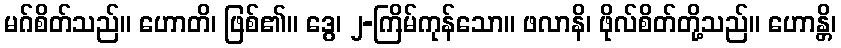
မဂ်စိတ်သည်။ ဟောတိ၊ ဖြစ်၏။ ဒွေ၊ ၂-ကြိမ်ကုန်သော။ ဖလာနိ၊ ဖိုလ်စိတ်တို့သည်။ ဟောန္တိ၊